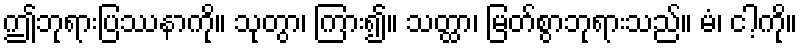
ဤဘုရားပြဿနာကို။ သုတွာ၊ ကြား၍။ သတ္ထာ၊ မြတ်စွာဘုရားသည်။ မံ၊ ငါ့ကို။